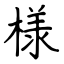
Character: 様